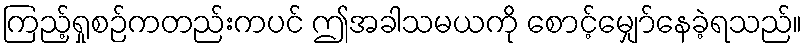
ကြည့်ရှုစဉ်ကတည်းကပင် ဤအခါသမယကို စောင့်မျှော်နေခဲ့ရသည်။